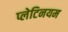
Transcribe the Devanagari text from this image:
प्लेटिनयम